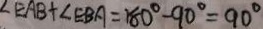
\angle E A B + \angle E B A = 1 8 0 ^ { \circ } - 9 0 ^ { \circ } = 9 0 ^ { \circ }